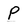
Character: P